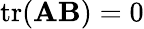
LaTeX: \operatorname{tr}(\mathbf{A}\mathbf{B})=0